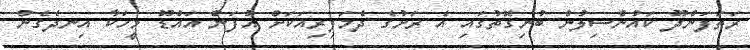
ރަތަފަންދޫ ކައުންސިލުން ބުނިގޮތުގައި އެ ރަށުގެ ދެމަފިރިއަކަށް އުފަން އައްޑޫ މީހަކާ އިނދެގެން